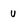
Character: U